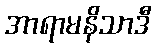
အာရာမနိသာဒီ